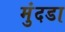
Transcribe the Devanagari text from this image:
मुंदडा